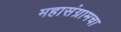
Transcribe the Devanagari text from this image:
महासंग्रामचा